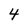
Character: 4